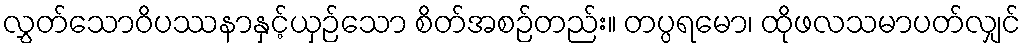
လွှတ်သောဝိပဿနာနှင့်ယှဉ်သော စိတ်အစဉ်တည်း။ တပ္ပရမော၊ ထိုဖလသမာပတ်လျှင်